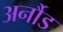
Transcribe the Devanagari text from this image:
अर्नौड